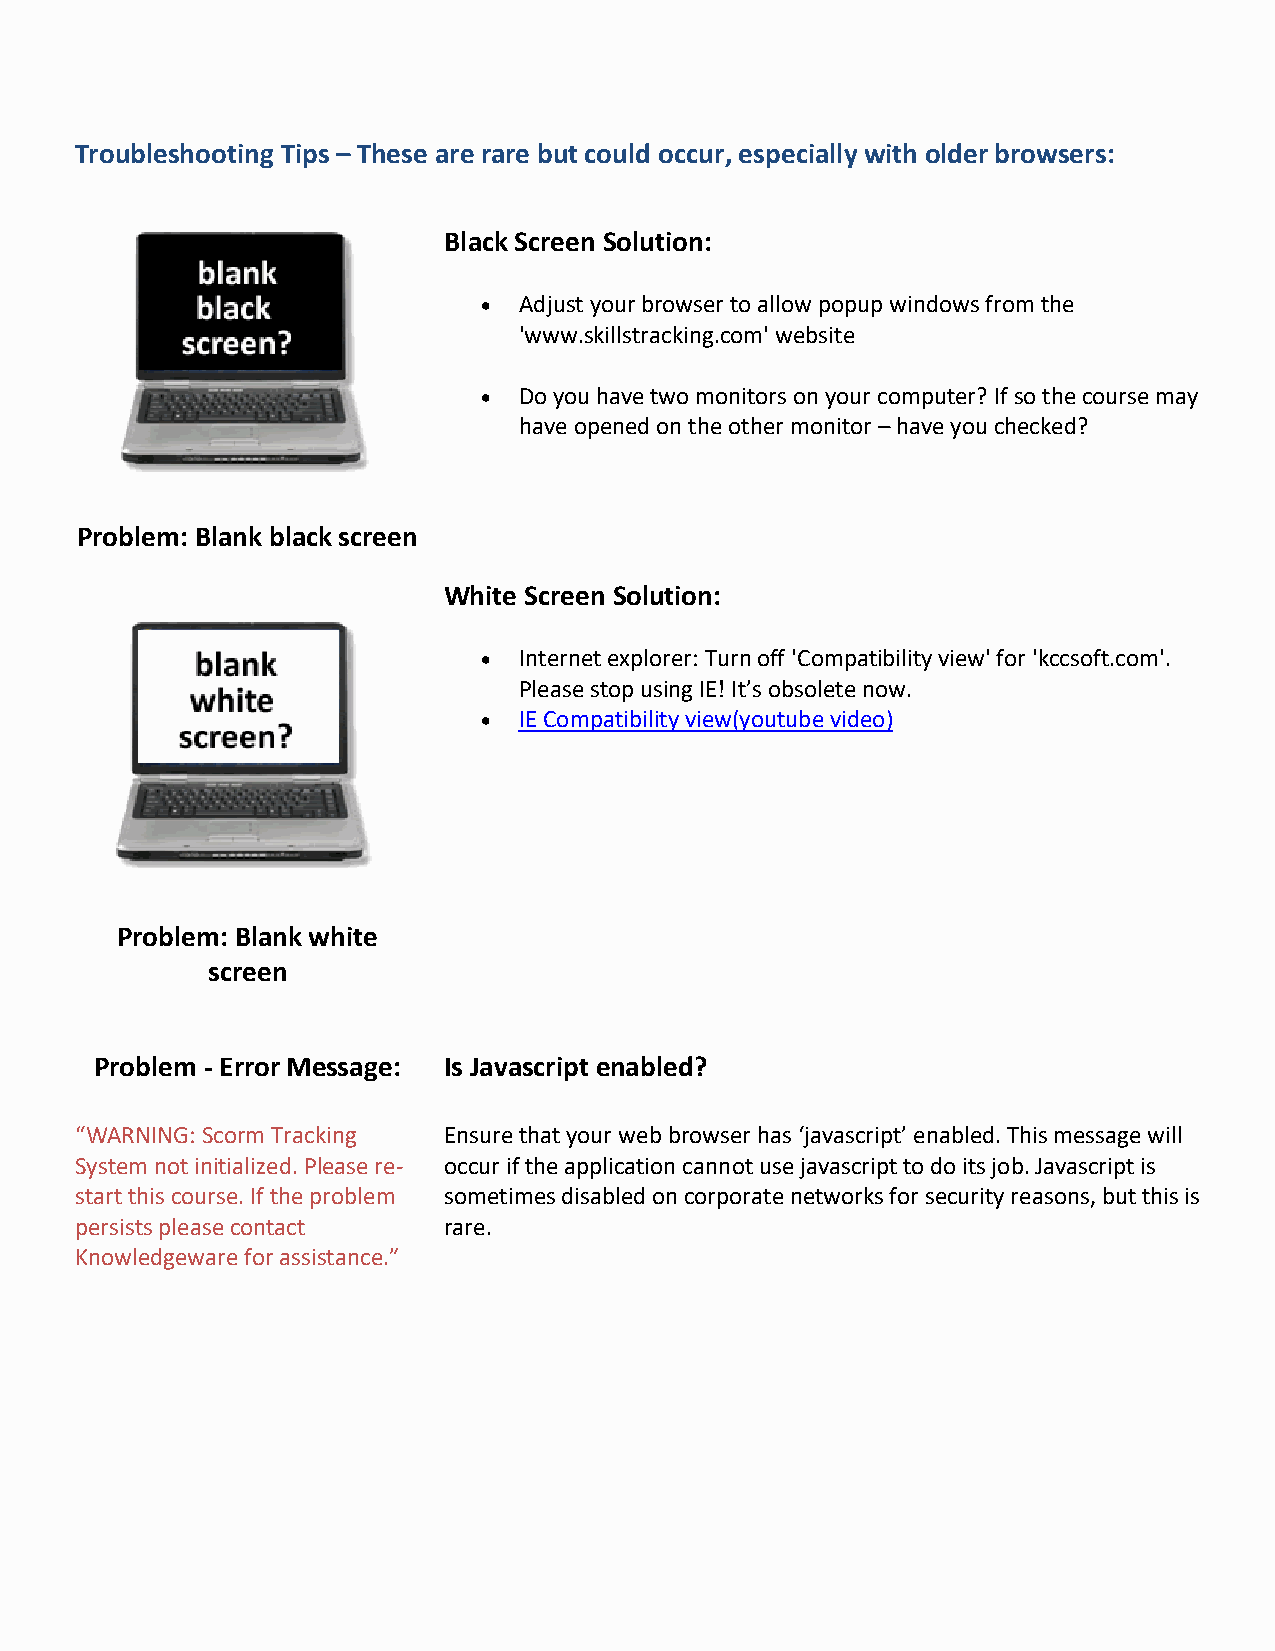
Troubleshooting Tips – These are rare but could occur, especially with older browsers:
 Black Screen Solution:
  Adjust your browser to allow popup windows from the
 'www.skillstracking.com' website
  Do you have two monitors on your computer? If so the course may
 have opened on the other monitor – have you checked?
 Problem: Blank black screen
 White Screen Solution:
  Internet explorer: Turn off 'Compatibility view' for 'kccsoft.com'.
 Please stop using IE! It’s obsolete now.
  IE Compatibility view(youtube video)
 Problem: Blank white
 screen
 Problem - Error Message: Is Javascript enabled?
 “WARNING: Scorm Tracking Ensure that your web browser has ‘javascript’ enabled. This message will
 System not initialized. Please re- occur if the application cannot use javascript to do its job. Javascript is
 start this course. If the problem sometimes disabled on corporate networks for security reasons, but this is
 persists please contact rare.
 Knowledgeware for assistance.”